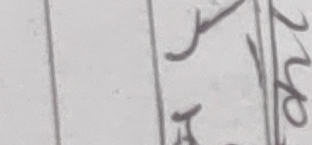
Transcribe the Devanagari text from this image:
१५०